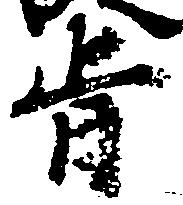
旨